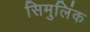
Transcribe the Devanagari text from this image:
सिमुलिंक